Annual report on the working of the lock hospitals in the North-Western Provinces and Oudh
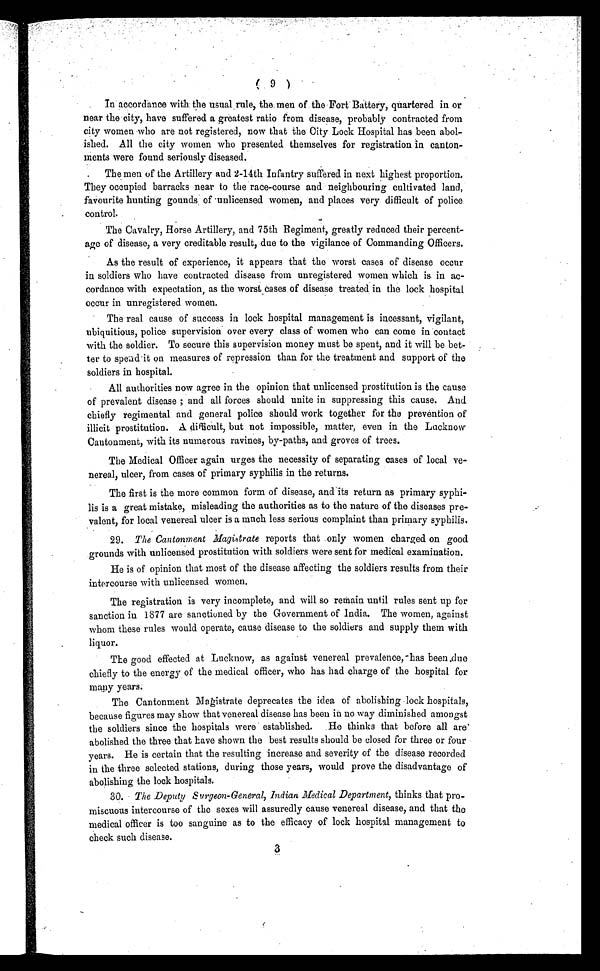
( 9 )
In accordance with the usual rule, the men of the Fort Battery, quartered in or
near the city, have suffered a greatest ratio from disease, probably contracted from
city women who are not registered, now that the City Lock Hospital has been abol-
ished. All the city women who presented themselves for registration in canton-
ments were found seriously diseased.
The men of the Artillery and 2-14th Infantry suffered in next highest proportion.
They occupied barracks near to the race-course and neighbouring cultivated land,
favourite hunting gounds of unlicensed women, and places very difficult of police
control.
The Cavalry, Horse Artillery, and 75th Regiment, greatly reduced their percent-
age of disease, a very creditable result, due to the vigilance of Commanding Officers.
As the result of experience, it appears that the worst cases of disease occur
in soldiers who have contracted disease from unregistered women which is in ac-
cordance with expectation, as the worst cases of disease treated in the lock hospital
occur in unregistered women.
The real cause of success in lock hospital management is incessant, vigilant,
ubiquitious, police supervision over every class of women who can come in contact
with the soldier. To secure this supervision money must be spent, and it will be bet-
ter to spend it on measures of repression than for the treatment and support of the
soldiers in hospital.
All authorities now agree in the opinion that unlicensed prostitution is the cause
of prevalent disease ; and all forces should unite in suppressing this cause. And
chiefly regimental and general police should work together for the prevention of
illicit prostitution. A difficult, but not impossible, matter, even in the Lucknow
Cantonment, with its numerous ravines, by-paths, and groves of trees.
The Medical Officer again urges the necessity of separating cases of local ve-
nereal, ulcer, from cases of primary syphilis in the returns.
The first is the more common form of disease, and its return as primary syphi-
lis is a great mistake, misleading the authorities as to the nature of the diseases pre-
valent, for local venereal ulcer is a much less serious complaint than primary syphilis.
29. The Cantonment Magistrate reports that only women charged on good
grounds with unlicensed prostitution with soldiers were sent for medical examination.
He is of opinion that most of the disease affecting the soldiers results from their
intercourse with unlicensed women.
The registration is very incomplete, and will so remain until rules sent up for
sanction in 1877 are sanctioned by the Government of India. The women, against
whom these rules would operate, cause disease to the soldiers and supply them with
liquor.
The good effected at Lucknow, as against venereal prevalence, -has been due
chiefly to the energy of the medical officer, who has had charge of the hospital for
many years.
The Cantonment Magistrate deprecates the idea of abolishing lock hospitals,
because figures may show that venereal disease has been in no way diminished amongst
the soldiers since the hospitals were established. He thinks that before all are
abolished the three that have shown the best results should be closed for three or four
years. He is certain that the resulting increase and severity of the disease recorded
in the three selected stations, during those years, would prove the disadvantage of
abolishing the lock hospitals.
30. The Deputy Surgeon-General, Indian Medical Department, thinks that pro-
miscuous intercourse of the sexes will assuredly cause venereal disease, and that the
medical officer is too sanguine as to the efficacy of lock hospital management to
check such disease.
3